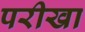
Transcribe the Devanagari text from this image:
परीखा